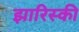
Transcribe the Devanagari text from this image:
झारिस्की